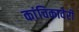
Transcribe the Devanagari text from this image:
कांचिकावेरी